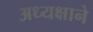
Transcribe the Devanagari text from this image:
अध्यक्षाने